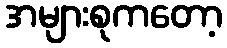
အများစုကတော့